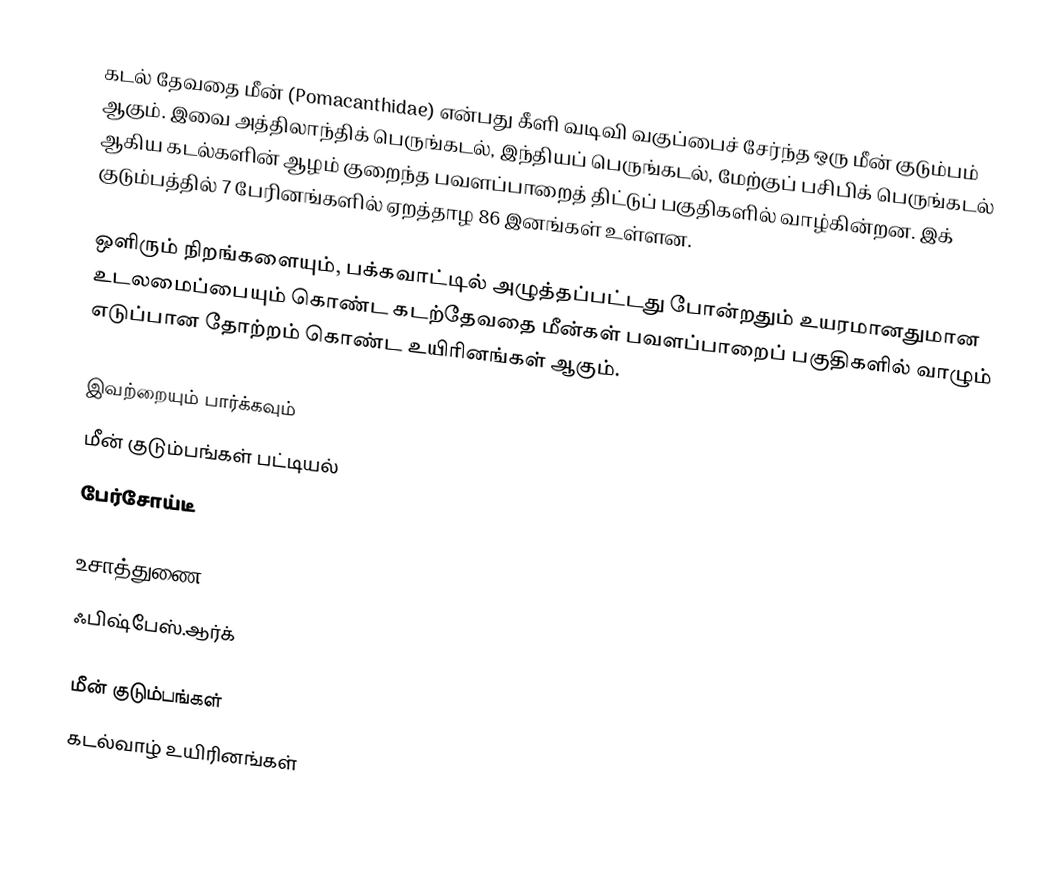
கடல் தேவதை மீன் (Pomacanthidae) என்பது கீளி வடிவி வகுப்பைச் சேர்ந்த ஒரு மீன் குடும்பம் ஆகும். இவை அத்திலாந்திக் பெருங்கடல், இந்தியப் பெருங்கடல், மேற்குப் பசிபிக் பெருங்கடல் ஆகிய கடல்களின் ஆழம் குறைந்த பவளப்பாறைத் திட்டுப் பகுதிகளில் வாழ்கின்றன. இக் குடும்பத்தில் 7 பேரினங்களில் ஏறத்தாழ 86 இனங்கள் உள்ளன.

ஒளிரும் நிறங்களையும், பக்கவாட்டில் அழுத்தப்பட்டது போன்றதும் உயரமானதுமான உடலமைப்பையும் கொண்ட கடற்தேவதை மீன்கள் பவளப்பாறைப் பகுதிகளில் வாழும் எடுப்பான தோற்றம் கொண்ட உயிரினங்கள் ஆகும்.

இவற்றையும் பார்க்கவும்
 மீன் குடும்பங்கள் பட்டியல்
 பேர்சோய்டீ

உசாத்துணை
 ஃபிஷ்பேஸ்.ஆர்க்

மீன் குடும்பங்கள்
கடல்வாழ் உயிரினங்கள்